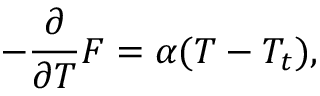
- \frac { \partial } { \partial T } F = \alpha ( T - T _ { t } ) ,